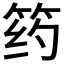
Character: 𰩺